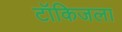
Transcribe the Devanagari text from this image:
टॉकिजला